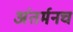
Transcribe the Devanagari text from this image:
अंतर्मनच